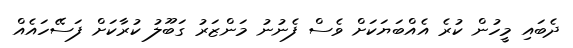
ދެބައި މީހުން ކުރެ އެއްބަޔަކަށް ވެސް ފެނުނު މަންޒަރު ގަބޫލު ކުރާކަށް ފަސޭހައެއް